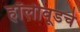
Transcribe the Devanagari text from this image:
हॉलीवूडचे